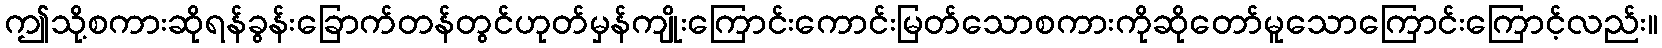
ဤသို့စကားဆိုရန်ခွန်းခြောက်တန်တွင်ဟုတ်မှန်ကျိုးကြောင်းကောင်းမြတ်သောစကားကိုဆိုတော်မူသောကြောင်းကြောင့်လည်း။